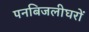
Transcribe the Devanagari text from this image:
पनबिजलीघरों